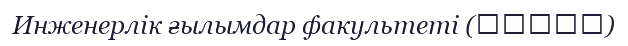
Инженерлік ғылымдар факультеті (基礎工学部)